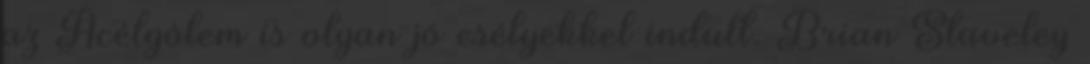
az Acélgólem is olyan jó esélyekkel indult. Brian Staveley